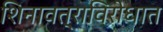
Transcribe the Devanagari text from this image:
शिनावत्राविरोधात